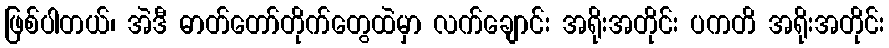
ဖြစ်ပါတယ်၊ အဲဒီ ဓာတ်တော်တိုက်တွေထဲမှာ လက်ချောင်း အရိုးအတိုင်း ပကတိ အရိုးအတိုင်း